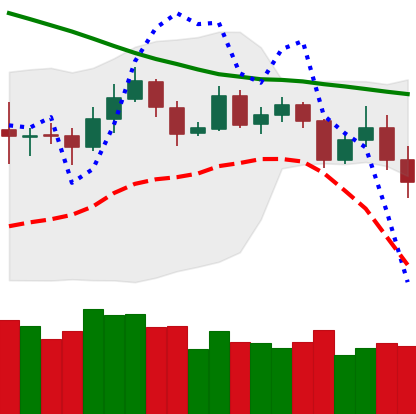
Ticker: ETH-USD
Chart end date: 2019-11-19
Forward return: -19.51%
Label: down_7plus